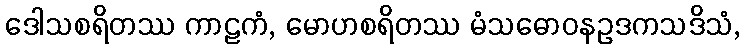
ဒေါသစရိတဿ ကာဠကံ, မောဟစရိတဿ မံသဓောဝနဥဒကသဒိသံ,